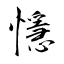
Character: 懚